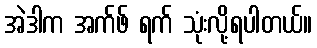
အဲဒါက အက်ဖ် ရက် သုံးလို့ရပါတယ်။